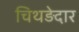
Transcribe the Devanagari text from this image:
चिथड़ेदार